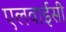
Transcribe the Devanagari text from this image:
एलवाईसी